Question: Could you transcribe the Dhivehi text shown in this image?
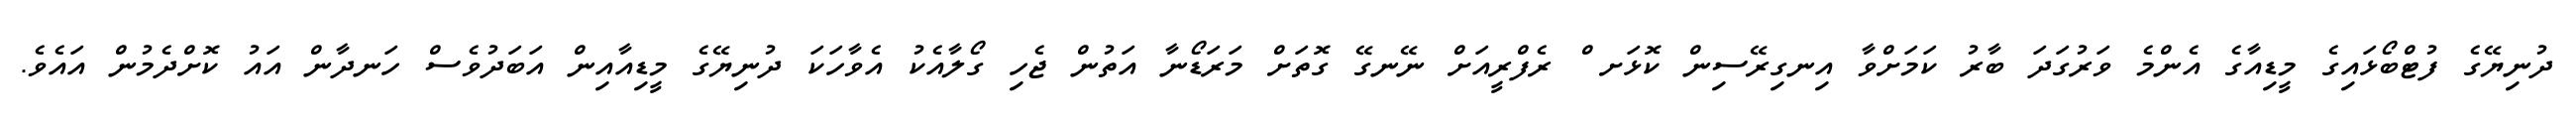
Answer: ދުނިޔޭގެ ފުޓްބޯޅައިގެ މީޑިއާގެ އެންމެ ވަރުގަދަ ބާރު ކަމަށްވާ އިނގިރޭސިން ކޮޅަށ ް ރެފްރީއަށް ނޭނގޭ ގޮތަށް މަރަޑޯނާ އަތުން ޖެހި ގޯލާއެކު އެވާހަކަ ދުނިޔޭގެ މީޑިއާއިން އަބަދުވެސް ހަނދާން އައު ކޮށްދެމުން އައެވެ.